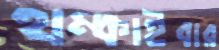
থম্‌কাইবার